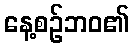
နေ့စဉ်ဘဝ၏